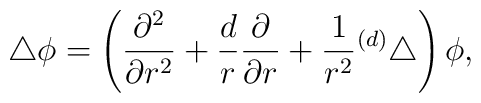
\bigtriangleup \phi=\left({\partial^{2}\over \partial r^{2}}+{d\over r}{\partial \over \partial r}+{1\over r^{2}} { }^{(d)} \bigtriangleup \right) \phi ,